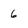
Character: 6